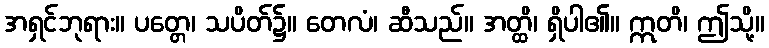
အရှင်ဘုရား။ ပတ္တေ၊ သပိတ်၌။ တေလံ၊ ဆီသည်။ အတ္ထိ၊ ရှိပါ၏။ ဣတိ၊ ဤသို့။